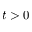
t > 0